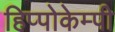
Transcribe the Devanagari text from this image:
हिप्पोकेम्पी